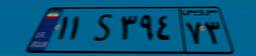
۱۱S۳۹۴۷۳